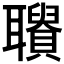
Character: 𦘋